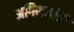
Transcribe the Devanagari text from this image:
अगिनकांडों